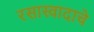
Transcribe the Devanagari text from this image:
रसास्वादाचे